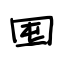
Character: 囤